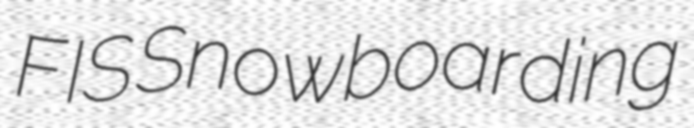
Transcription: FIS Snowboarding